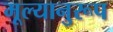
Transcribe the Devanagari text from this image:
मूल्यानुरूप